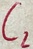
Text: C2